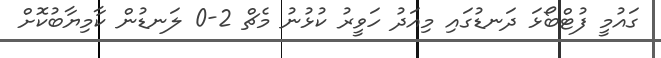
ގައުމީ ފުޓްބޯޅަ ދަނޑުގައި މިއަދު ހަވީރު ކުޅުނު މެޗް 2-0 ލަނޑުން ކާމިޔާބުކޮށް